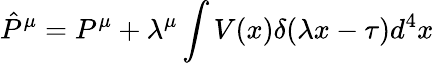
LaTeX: {\hat{P}}^{\mu}=P^{\mu}+\lambda^{\mu}\int V(x)\delta(\lambda x-\tau)d^{4}x